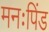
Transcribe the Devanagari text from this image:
मनःपिंड